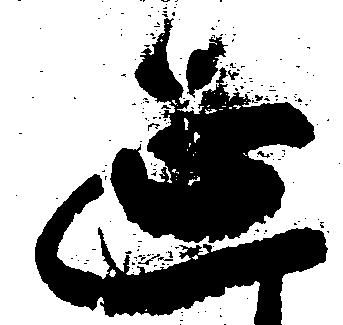
延